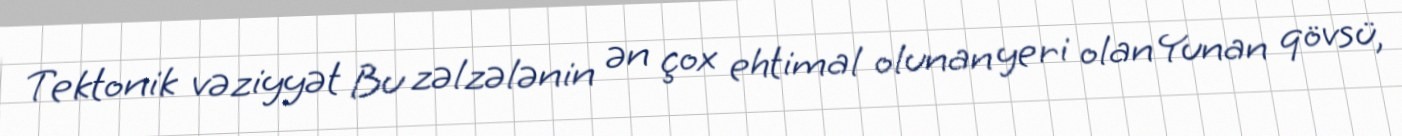
Tektonik vəziyyət Bu zəlzələnin ən çox ehtimal olunan yeri olan Yunan qövsü,